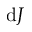
\mathrm { d } J